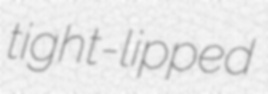
tight-lipped